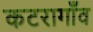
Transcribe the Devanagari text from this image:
कटरागाँव